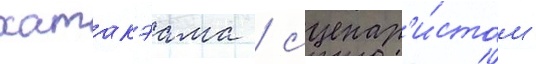
хатакэама / сценар'и́стом -